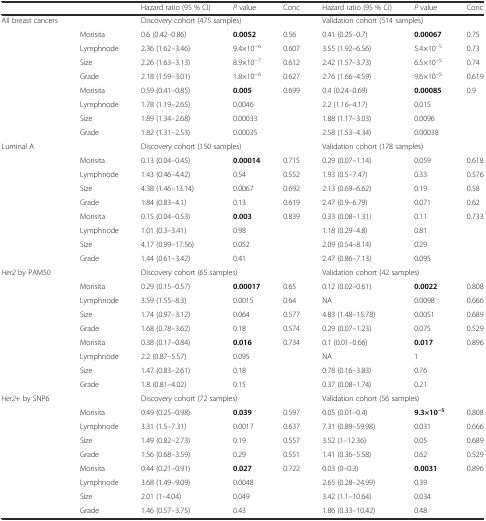
<table><thead><tr><td colspan="2"></td><td><b>Hazard ratio (95 % CI)</b></td><td><b><i>P</i> value</b></td><td><b>Conc</b></td><td><b>Hazard ratio (95 % CI)</b></td><td><b><i>P</i> value</b></td><td><b>Conc</b></td></tr></thead><tbody><tr><td rowspan="9">All breast cancers</td><td></td><td colspan="3">Discovery cohort (475 samples)</td><td colspan="3">Validation cohort (514 samples)</td></tr><tr><td>Morisita</td><td>0.6 (0.42–0.86)</td><td><b>0.0052</b></td><td>0.56</td><td>0.41 (0.25–0.7)</td><td><b>0.00067</b></td><td>0.75</td></tr><tr><td>Lymphnode</td><td>2.36 (1.62–3.46)</td><td>9.4×10<sup>−6</sup></td><td>0.607</td><td>3.55 (1.92–6.56)</td><td>5.4×10<sup>−5</sup></td><td>0.73</td></tr><tr><td>Size</td><td>2.26 (1.63–3.13)</td><td>8.9×10<sup>−7</sup></td><td>0.612</td><td>2.42 (1.57–3.73)</td><td>6.5×10<sup>−5</sup></td><td>0.74</td></tr><tr><td>Grade</td><td>2.18 (1.59–3.01)</td><td>1.8×10<sup>−6</sup></td><td>0.627</td><td>2.76 (1.66–4.59)</td><td>9.6×10<sup>−5</sup></td><td>0.619</td></tr><tr><td>Morisita</td><td>0.59 (0.41–0.85)</td><td><b>0.005</b></td><td rowspan="4">0.699</td><td>0.4 (0.24–0.69)</td><td><b>0.00085</b></td><td rowspan="4">0.9</td></tr><tr><td>Lymphnode</td><td>1.78 (1.19–2.65)</td><td>0.0046</td><td>2.2 (1.16–4.17)</td><td>0.015</td></tr><tr><td>Size</td><td>1.89 (1.34–2.68)</td><td>0.00033</td><td>1.88 (1.17–3.03)</td><td>0.0096</td></tr><tr><td>Grade</td><td>1.82 (1.31–2.53)</td><td>0.00035</td><td>2.58 (1.53–4.34)</td><td>0.00038</td></tr><tr><td rowspan="9">Luminal A</td><td></td><td colspan="3">Discovery cohort (150 samples)</td><td colspan="3">Validation cohort (178 samples)</td></tr><tr><td>Morisita</td><td>0.13 (0.04–0.45)</td><td><b>0.00014</b></td><td>0.715</td><td>0.29 (0.07–1.14)</td><td>0.059</td><td>0.618</td></tr><tr><td>Lymphnode</td><td>1.43 (0.46–4.42)</td><td>0.54</td><td>0.552</td><td>1.93 (0.5–7.47)</td><td>0.33</td><td>0.576</td></tr><tr><td>Size</td><td>4.38 (1.46–13.14)</td><td>0.0067</td><td>0.692</td><td>2.13 (0.69–6.62)</td><td>0.19</td><td>0.58</td></tr><tr><td>Grade</td><td>1.84 (0.83–4.1)</td><td>0.13</td><td>0.619</td><td>2.47 (0.9–6.79)</td><td>0.071</td><td>0.62</td></tr><tr><td>Morisita</td><td>0.15 (0.04–0.53)</td><td><b>0.003</b></td><td>0.839</td><td>0.33 (0.08–1.31)</td><td>0.11</td><td>0.733</td></tr><tr><td>Lymphnode</td><td>1.01 (0.3–3.41)</td><td>0.98</td><td></td><td>1.18 (0.29–4.8)</td><td>0.81</td><td></td></tr><tr><td>Size</td><td>4.17 (0.99–17.56)</td><td>0.052</td><td></td><td>2.09 (0.54–8.14)</td><td>0.29</td><td></td></tr><tr><td>Grade</td><td>1.44 (0.61–3.42)</td><td>0.41</td><td></td><td>2.47 (0.86–7.13)</td><td>0.095</td><td></td></tr><tr><td rowspan="9"><i>Her2</i> by PAM50</td><td></td><td colspan="3">Discovery cohort (65 samples)</td><td colspan="3">Validation cohort (42 samples)</td></tr><tr><td>Morisita</td><td>0.29 (0.15–0.57)</td><td><b>0.00017</b></td><td>0.65</td><td>0.12 (0.02–0.61)</td><td><b>0.0022</b></td><td>0.808</td></tr><tr><td>Lymphnode</td><td>3.59 (1.55–8.3)</td><td>0.0015</td><td>0.64</td><td>NA</td><td>0.0098</td><td>0.666</td></tr><tr><td>Size</td><td>1.74 (0.97–3.12)</td><td>0.064</td><td>0.577</td><td>4.83 (1.48–15.78)</td><td>0.0051</td><td>0.689</td></tr><tr><td>Grade</td><td>1.68 (0.78–3.62)</td><td>0.18</td><td>0.574</td><td>0.29 (0.07–1.23)</td><td>0.075</td><td>0.529</td></tr><tr><td>Morisita</td><td>0.38 (0.17–0.84)</td><td><b>0.016</b></td><td>0.734</td><td>0.1 (0.01–0.66)</td><td><b>0.017</b></td><td>0.896</td></tr><tr><td>Lymphnode</td><td>2.2 (0.87–5.57)</td><td>0.095</td><td></td><td>NA</td><td>1</td><td></td></tr><tr><td>Size</td><td>1.47 (0.83–2.61)</td><td>0.18</td><td></td><td>0.78 (0.16–3.83)</td><td>0.76</td><td></td></tr><tr><td>Grade</td><td>1.8 (0.81–4.02)</td><td>0.15</td><td></td><td>0.37 (0.08–1.74)</td><td>0.21</td><td></td></tr><tr><td rowspan="9"><i>Her2</i>+ by SNP6</td><td></td><td colspan="3">Discovery cohort (72 samples)</td><td colspan="3">Validation cohort (56 samples)</td></tr><tr><td>Morisita</td><td>0.49 (0.25–0.98)</td><td><b>0.039</b></td><td>0.597</td><td>0.05 (0.01–0.4)</td><td><b>9.3×10</b><sup><b>−5</b></sup></td><td>0.808</td></tr><tr><td>Lymphnode</td><td>3.31 (1.5–7.31)</td><td>0.0017</td><td>0.637</td><td>7.31 (0.89–59.98)</td><td>0.031</td><td>0.666</td></tr><tr><td>Size</td><td>1.49 (0.82–2.73)</td><td>0.19</td><td>0.557</td><td>3.52 (1–12.36)</td><td>0.05</td><td>0.689</td></tr><tr><td>Grade</td><td>1.56 (0.68–3.59)</td><td>0.29</td><td>0.551</td><td>1.41 (0.36–5.58)</td><td>0.62</td><td>0.529</td></tr><tr><td>Morisita</td><td>0.44 (0.21–0.91)</td><td><b>0.027</b></td><td>0.722</td><td>0.03 (0–0.3)</td><td><b>0.0031</b></td><td>0.896</td></tr><tr><td>Lymphnode</td><td>3.68 (1.49–9.09)</td><td>0.0048</td><td></td><td>2.65 (0.28–24.99)</td><td>0.39</td><td></td></tr><tr><td>Size</td><td>2.01 (1–4.04)</td><td>0.049</td><td></td><td>3.42 (1.1–10.64)</td><td>0.034</td><td></td></tr><tr><td>Grade</td><td>1.46 (0.57–3.75)</td><td>0.43</td><td></td><td>1.86 (0.33–10.42)</td><td>0.48</td><td></td></tr></tbody></table>